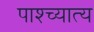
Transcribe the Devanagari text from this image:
पाश्च्यात्य